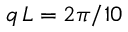
q \, L = 2 \pi / 1 0